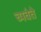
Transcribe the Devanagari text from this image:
च्यवंते